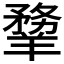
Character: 𦏃